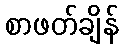
စာဖတ်ချိန်